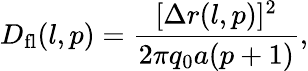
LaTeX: D_{\mathrm{fl}}(l,p)=\frac{[\Delta r(l,p)]^{2}}{2\pi q_{0}a(p+1)},